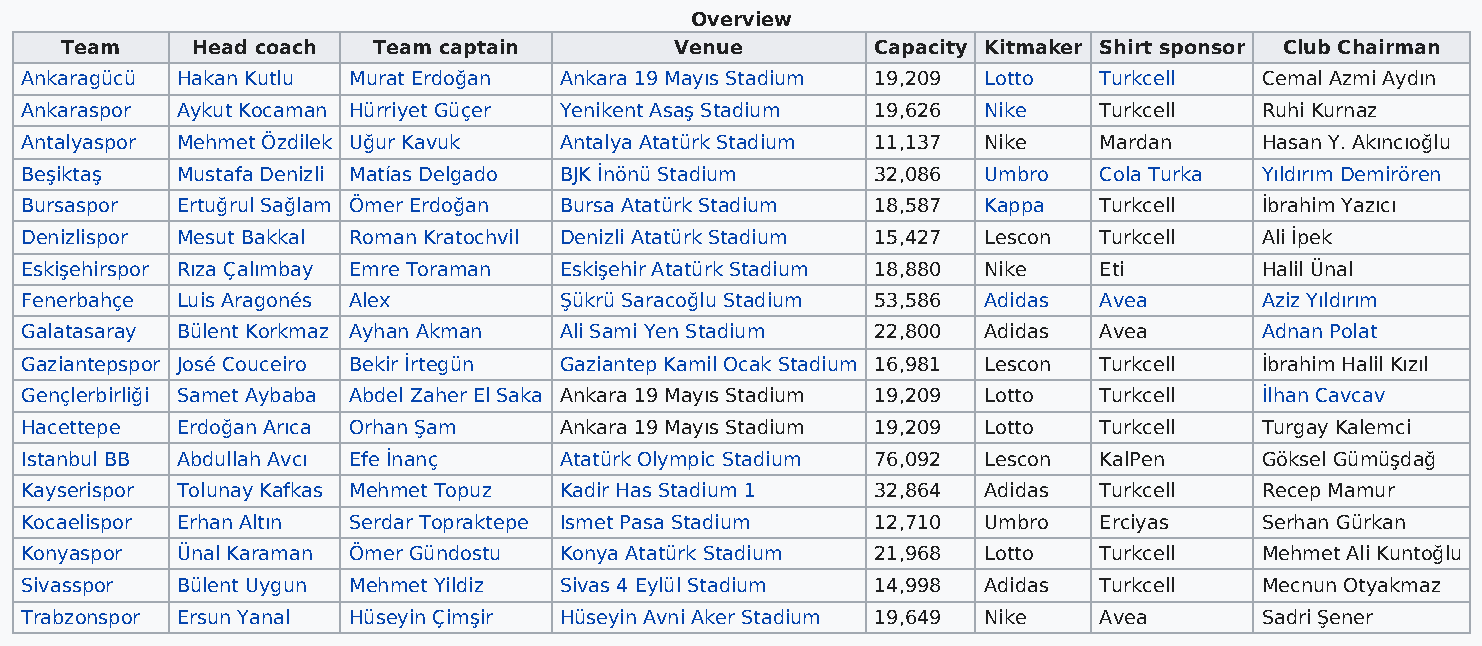
Overview
 Team     Head coach  Team captain        Venue        Capacity Kitmaker Shirt sponsor Club Chairman
 Ankaragücü Hakan Kutlu Murat Erdoğan Ankara 19 Mayıs Stadium 19,209 Lotto Turkcell Cemal Azmi Aydın
 Ankaraspor Aykut Kocaman Hürriyet Güçer Yenikent Asaş Stadium 19,626 Nike Turkcell Ruhi Kurnaz
 Antalyaspor Mehmet Özdilek Uğur Kavuk Antalya Atatürk Stadium 11,137 Nike Mardan  Hasan Y. Akıncıoğlu
 Beşiktaş   Mustafa Denizli Matías Delgado BJK İnönü Stadium 32,086 Umbro Cola Turka Yıldırım Demirören
 Bursaspor  Ertuğrul Sağlam Ömer Erdoğan Bursa Atatürk Stadium 18,587 Kappa Turkcell İbrahim Yazıcı
 Denizlispor Mesut Bakkal Roman Kratochvil Denizli Atatürk Stadium 15,427 Lescon Turkcell Ali İpek
 Eskişehirspor Rıza Çalımbay Emre Toraman Eskişehir Atatürk Stadium 18,880 Nike Eti Halil Ünal
 Fenerbahçe Luis Aragonés Alex       Şükrü Saracoğlu Stadium 53,586 Adidas Avea    Aziz Yıldırım
 Galatasaray Bülent Korkmaz Ayhan Akman Ali Sami Yen Stadium 22,800 Adidas Avea    Adnan Polat
 Gaziantepspor José Couceiro Bekir İrtegün Gaziantep Kamil Ocak Stadium 16,981 Lescon Turkcell İbrahim Halil Kızıl
 Gençlerbirliği Samet Aybaba Abdel Zaher El Saka Ankara 19 Mayıs Stadium 19,209 Lotto Turkcell İlhan Cavcav
 Hacettepe  Erdoğan Arıca Orhan Şam  Ankara 19 Mayıs Stadium 19,209 Lotto Turkcell Turgay Kalemci
 Istanbul BB Abdullah Avcı Efe İnanç Atatürk Olympic Stadium 76,092 Lescon KalPen  Göksel Gümüşdağ
 Kayserispor Tolunay Kafkas Mehmet Topuz Kadir Has Stadium 1 32,864 Adidas Turkcell Recep Mamur
 Kocaelispor Erhan Altın Serdar Topraktepe Ismet Pasa Stadium 12,710 Umbro Erciyas Serhan Gürkan
 Konyaspor  Ünal Karaman Ömer Gündostu Konya Atatürk Stadium 21,968 Lotto Turkcell Mehmet Ali Kuntoğlu
 Sivasspor  Bülent Uygun Mehmet Yildiz Sivas 4 Eylül Stadium 14,998 Adidas Turkcell Mecnun Otyakmaz
 Trabzonspor Ersun Yanal Hüseyin Çimşir Hüseyin Avni Aker Stadium 19,649 Nike Avea Sadri Şener